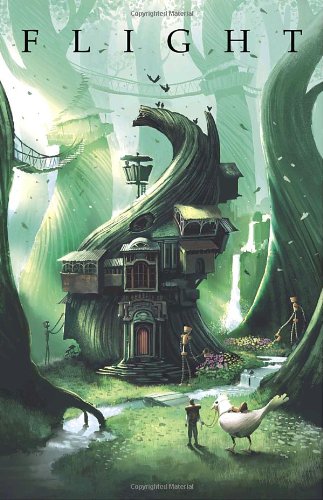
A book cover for Flight, Volume Three; Various; Comics & Graphic Novels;